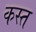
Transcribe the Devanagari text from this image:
कस्त